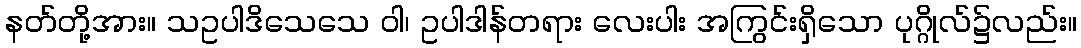
နတ်တို့အား။ သဥပါဒိသေသေ ဝါ၊ ဥပါဒါန်တရား လေးပါး အကြွင်းရှိသော ပုဂ္ဂိုလ်၌လည်း။